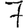
Digit: 7